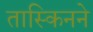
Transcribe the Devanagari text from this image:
तास्किनने